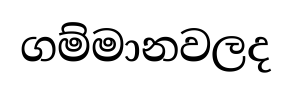
ගම්මානවලද